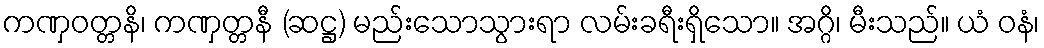
ကဏှဝတ္တနိ၊ ကဏှတ္တနီ (ဆဋ္ဌ) မည်းသောသွားရာ လမ်းခရီးရှိသော။ အဂ္ဂိ၊ မီးသည်။ ယံ ဝနံ၊